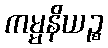
ကမ္မနိယဉ္စ